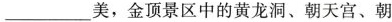
___美，金顶景区中的黄龙洞、朝天宫、朝